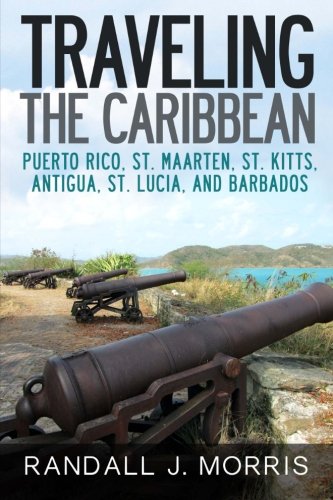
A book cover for Traveling the Caribbean: Puerto Rico, St. Maarten, St. Kitts, Antigua, St. Lucia, and Barbados (Volume 1); Randall Morris; Travel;